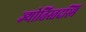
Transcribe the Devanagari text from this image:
ज्योतिस्तदस्मि